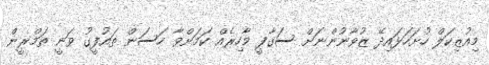
މިއުޒިކަލް ހުށަހަޅައިދޭ ޒުވާނުންނަށް ސަގާފީ މާހިރެއް ކަމަށްވާ ހަސަން ތައުފީގު ވަނީ ތަމްރީން